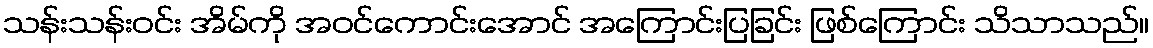
သန်းသန်းဝင်း အိမ်ကို အဝင်ကောင်းအောင် အကြောင်းပြခြင်း ဖြစ်ကြောင်း သိသာသည်။